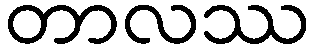
တာလဿ